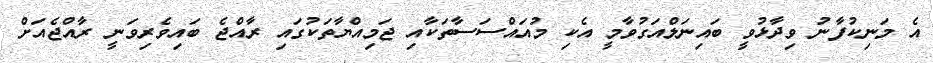
އެ މަނިކުފާނު ވިދާޅުވީ ބައިނަލްއަގުވާމީ އެކި މުއައްސަސާތަކާއި ޖަމިއްޔާތަކުގައި ރާއްޖެ ބައިވެރިވަނީ ރާއްޖެއަށް